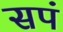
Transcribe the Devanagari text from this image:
सपं